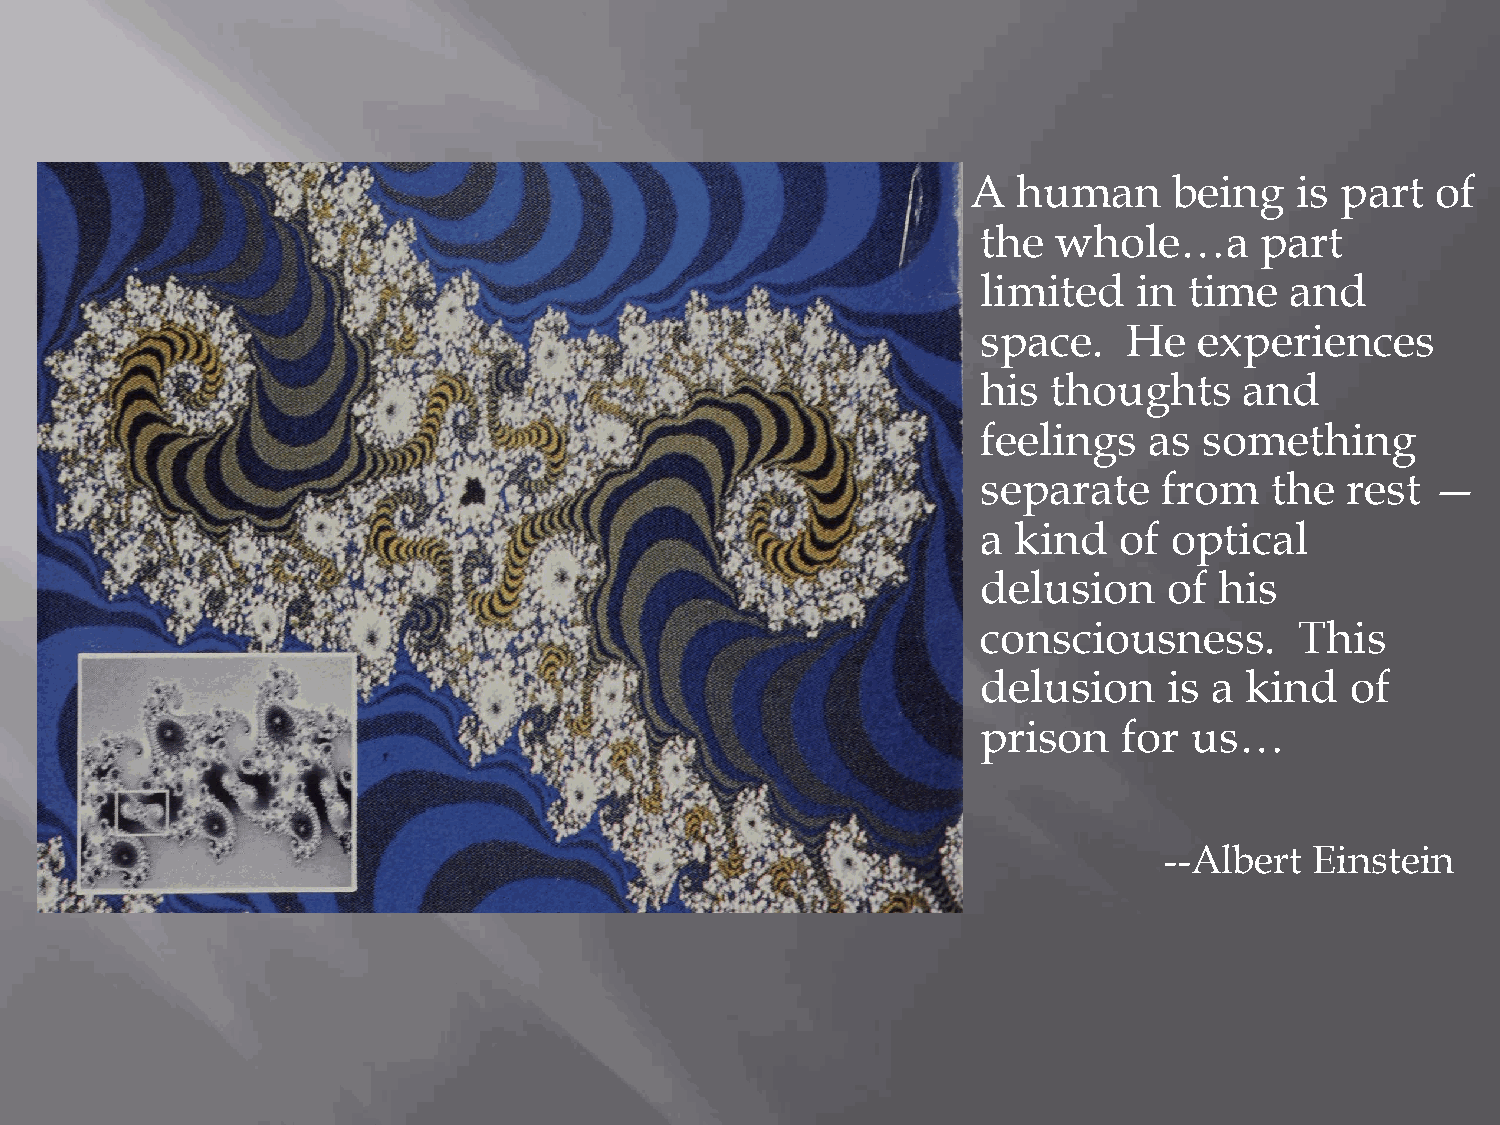
A  human      being   is part  of
 the  whole…a      part
 limited   in  time  and
 space.    He  experiences
 his  thoughts    and
 feelings   as  something
 separate    from   the  rest  —
 a kind   of  optical
 delusion    of  his
 consciousness.       This
 delusion    is a kind   of
 prison   for  us…
 --Albert  Einstein